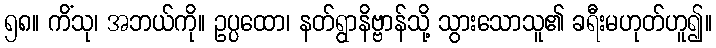
၅၈။ ကိံသု၊ အဘယ်ကို။ ဥပ္ပထော၊ နတ်ရွာနိဗ္ဗာန်သို့ သွားသောသူ၏ ခရီးမဟုတ်ဟူ၍။